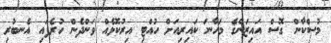
މުސްކާން ގޮސް އައިޒަންގެ މަހާނަ ކައިރިއަށް ހުއްޓި އިރުކޮޅެއް ވަންދެން ހުރެފައި އެނބުރި